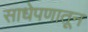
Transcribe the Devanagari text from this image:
साधेपणातून